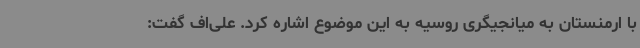
با ارمنستان به میانجیگری روسیه به این موضوع اشاره کرد. علی‌اف گفت: